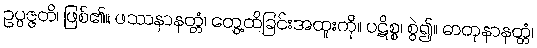
ဥပ္ပဇ္ဇတိ၊ ဖြစ်၏။ ဖဿနာနတ္တံ၊ တွေ့ထိခြင်းအထူးကို။ ပဋိစ္စ၊ စွဲ၍။ ဓာတုနာနတ္တံ၊